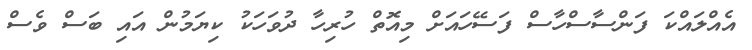
އެއްލައްކަ ފަންސާސްހާސް ފަސޭހައަށް މިއޮތް ހުރިހާ ދުވަހަކު ކިޔަމުން އައި ބަސް ވެސް